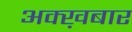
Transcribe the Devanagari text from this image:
अक्ख़बार